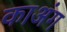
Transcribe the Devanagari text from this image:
काअंग